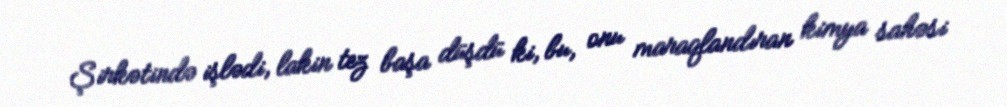
Şirkətində işlədi, lakin tez başa düşdü ki, bu, onu maraqlandıran kimya sahəsi